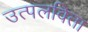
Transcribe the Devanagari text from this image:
उत्पलविता